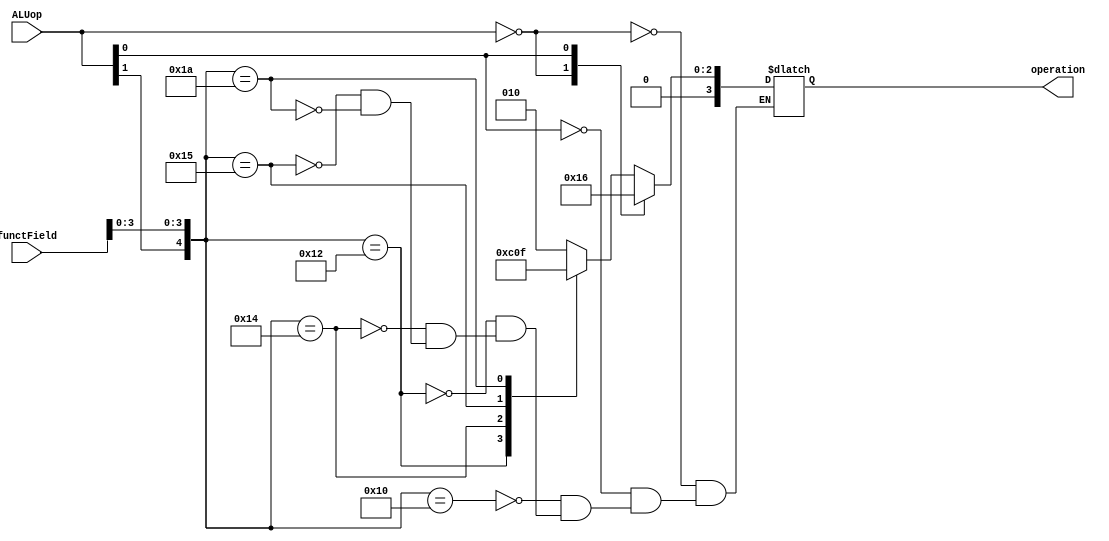
`timescale 1ns / 1ps
//////////////////////////////////////////////////////////////////////////////////
// Company: 
// Engineer: 
// 
// Design Name: 
// Module Name: ALUCtr
// Project Name: 
// Target Devices: 
// Tool Versions: 
// Description: 
// 
// Dependencies: 
// 
// Revision:
// Revision 0.01 - File Created
// Additional Comments:
// 
//////////////////////////////////////////////////////////////////////////////////


module ALUCtr(
    input [1:0] ALUop,
    input [5:0] functField,
    output reg [3:0] operation
    );
    always @ (ALUop or functField)
    begin 
        casex({ALUop,functField})
            8'b00xxxxxx:operation=4'b0010;
            8'bx1xxxxxx:operation=4'b0110;
            8'b1xxx0000:operation=4'b0010;
            8'b1xxx0010:operation=4'b0110;
            8'b1xxx0100:operation=4'b0000;
            8'b1xxx0101:operation=4'b0001;
            8'b1xxx1010:operation=4'b0111;
        endcase
    end
endmodule